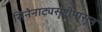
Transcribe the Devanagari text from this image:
सिनेनाट्यसृष्टीपासून